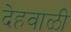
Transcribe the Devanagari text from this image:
देहवाळी